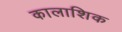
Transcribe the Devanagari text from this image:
कालाशिक